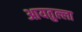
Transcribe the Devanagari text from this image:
आयतुल्ला